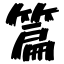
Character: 篇